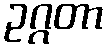
ဥဂ္ဂတာ